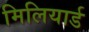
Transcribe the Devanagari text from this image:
मिलियार्ड